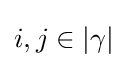
i,j\in \left|\gamma \right|